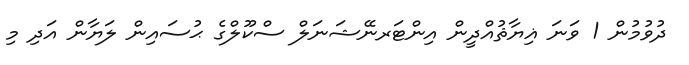
ދުވުމުން 1 ވަނަ ޣިޔާޘުއްދީން އިންޓަރނޭޝަނަލް ސްކޫލްގެ ޙުސައިން ލަޔާން އަދި މި